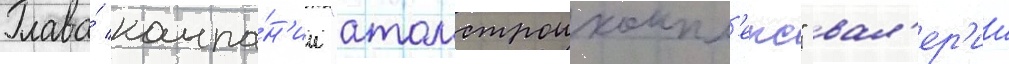
Глава́ компа́н'ии "атомстроикомпл'екс" вал'ер'ии